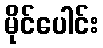
မိုင်ပေါင်း